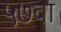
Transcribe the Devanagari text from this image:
५७वा